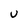
Character: U